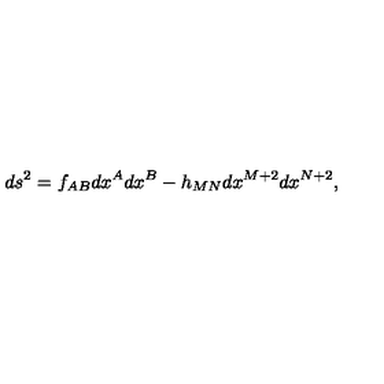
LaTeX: d s ^ { 2 } = f _ { A B } d x ^ { A } d x ^ { B } - h _ { M N } d x ^ { M + 2 } d x ^ { N + 2 } ,